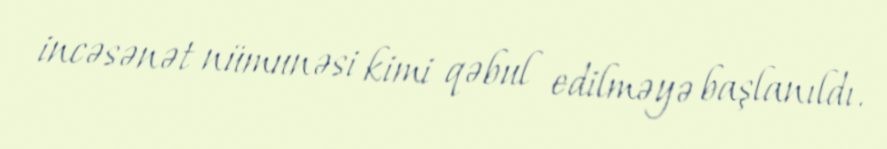
incəsənət nümunəsi kimi qəbul edilməyə başlanıldı.